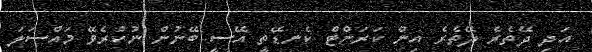
އަދި ދޭތެރެ ދޭތެރެ އިން ކަރަންޓް ކެނޑޭތީ އޭސީ ބޭނުން ނުކުރެވޭ މައްސަލަ